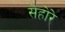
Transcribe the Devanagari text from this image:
सेहोरे